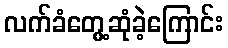
လက်ခံတွေ့ဆုံခဲ့ကြောင်း